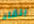
بلقاء